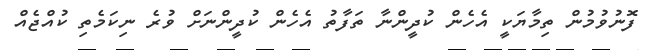
ފޮނުވުމުން ތިމާޔަކީ އެހެން ކުދީންނާ ތަފާތު އެހެން ކުދީންނަށް ވުރެ ނިކަމެތި ކުއްޖެއް